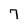
Character: 7